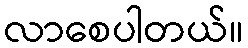
လာစေပါတယ်။